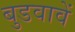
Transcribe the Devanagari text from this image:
बुडवावें